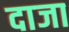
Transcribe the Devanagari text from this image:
दाजा